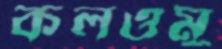
কলওমু